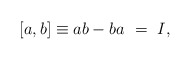
\begin{align*} [a,b] \equiv ab - ba \ =\ I,\end{align*}